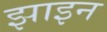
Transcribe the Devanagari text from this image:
झाइन